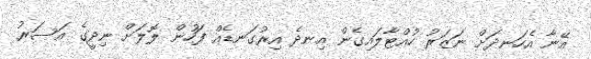
އޭނާ އެހަނދަށް ނަޒަރު ހުއްޓާލައިގެން އިނދެ އިރުގަނޑެއް ފަހުން ލޮލަށް ނިދީގެ އަސަރު